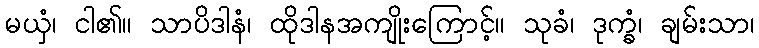
မယှံ၊ ငါ၏။ သာပိဒါနံ၊ ထိုဒါနအကျိုးကြောင့်။ သုခံ၊ ဒုက္ခံ၊ ချမ်းသာ၊